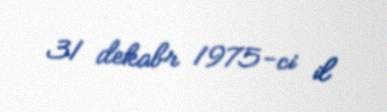
31 dekabr 1975-ci il